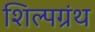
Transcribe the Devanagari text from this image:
शिल्पग्रंथ